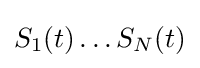
S_{1}(t)\ldots S_{N}(t)